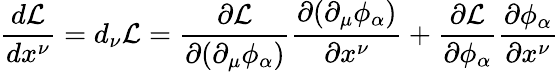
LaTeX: {\frac{d{\mathcal{L}}}{dx^{\nu}}}=d_{\nu}{\mathcal{L}}={\frac{\partial{\mathcal{L}}}{\partial(\partial_{\mu}\phi_{\alpha})}}{\frac{\partial(\partial_{\mu}\phi_{\alpha})}{\partial x^{\nu}}}+{\frac{\partial{\mathcal{L}}}{\partial\phi_{\alpha}}}{\frac{\partial\phi_{\alpha}}{\partial x^{\nu}}}